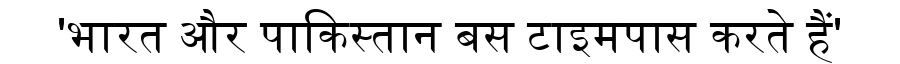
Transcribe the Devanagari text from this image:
'भारत और पाकिस्तान बस टाइमपास करते हैं'